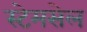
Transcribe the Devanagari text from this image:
स्टेमसेल